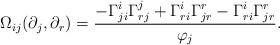
LaTeX: \begin{align*} \Omega_{ij}(\partial_j,\partial_r)=\frac{-\Gamma_{ji}^i\Gamma_{rj}^j+\Gamma_{ri}^i\Gamma_{jr}^r-\Gamma_{ri}^i\Gamma_{jr}^r}{\varphi_j}. \end{align*}